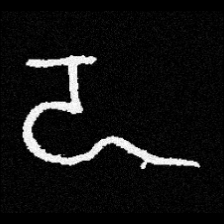
Pyu character \u2014 Myanmar letter: ဍ (romanized: dda)